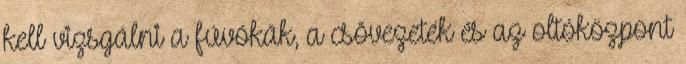
kell vizsgálni a fúvókák, a csõvezeték és az oltóközpont